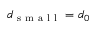
d _ { \mathrm { ~ s ~ m ~ a ~ l ~ l ~ } } = d _ { 0 }